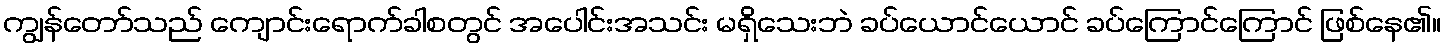
ကျွန်တော်သည် ကျောင်းရောက်ခါစတွင် အပေါင်းအသင်း မရှိသေးဘဲ ခပ်ယောင်ယောင် ခပ်ကြောင်ကြောင် ဖြစ်နေ၏။